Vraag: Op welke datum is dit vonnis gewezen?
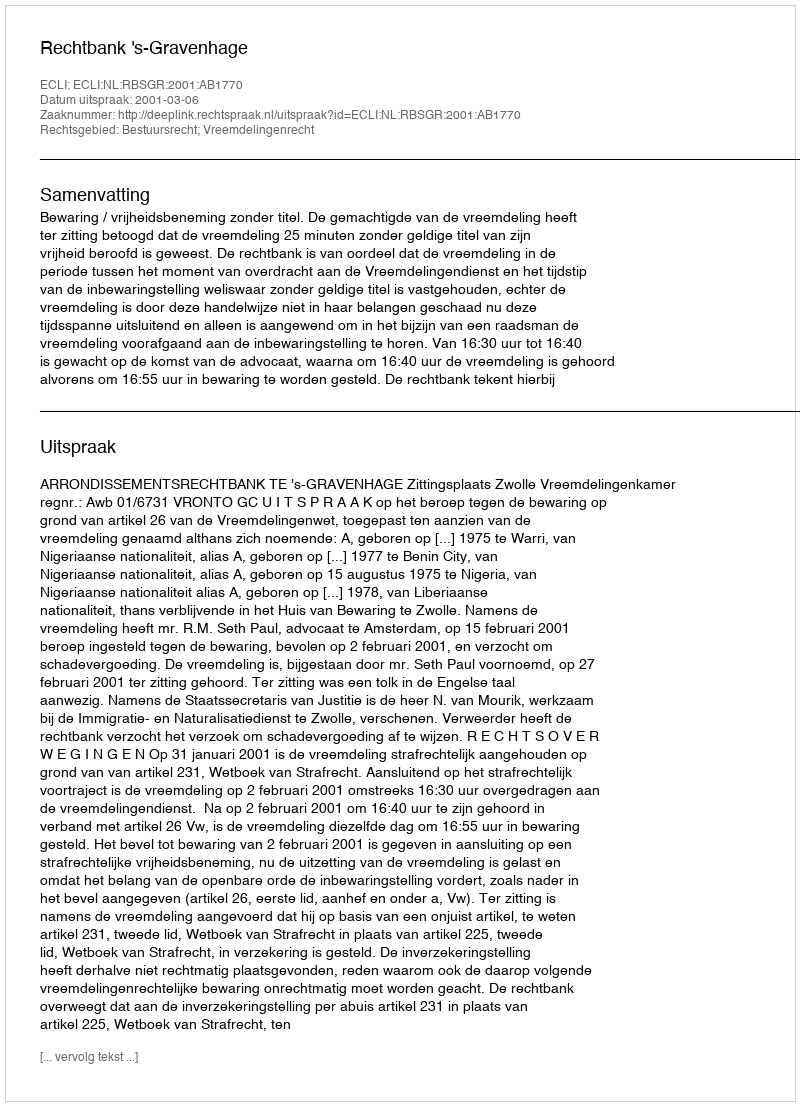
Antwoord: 2001-03-06